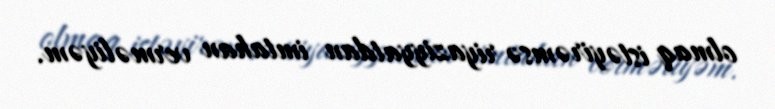
olmaq istəyirəmsə riyaziyyatdan imtahan verməliyəm.